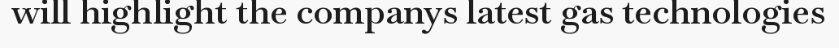
will highlight the companys latest gas technologies